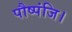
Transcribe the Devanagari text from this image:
पौष्पंजि।